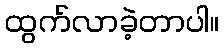
ထွက်လာခဲ့တာပါ။